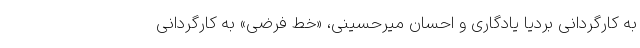
به کارگردانی بردیا یادگاری و احسان میرحسینی، «خط فرضی» به کارگردانی